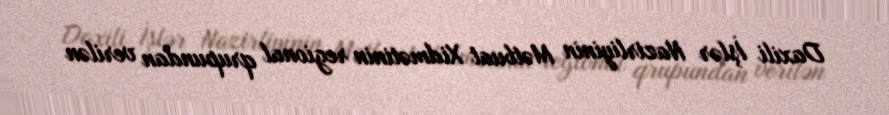
Daxili İşlər Nazirliyinin Mətbuat Xidmətinin regional qrupundan verilən